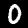
Label: 0